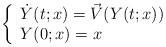
LaTeX: \begin{align*} \left\{\begin{array}{l}\dot{Y}(t;x)= \vec{V}(Y(t;x)) \\Y(0;x)=x \end{array}\right.\end{align*}